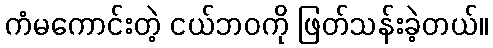
ကံမကောင်းတဲ့ ငယ်ဘဝကို ဖြတ်သန်းခဲ့တယ်။